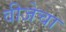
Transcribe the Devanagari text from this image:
वीजेचा